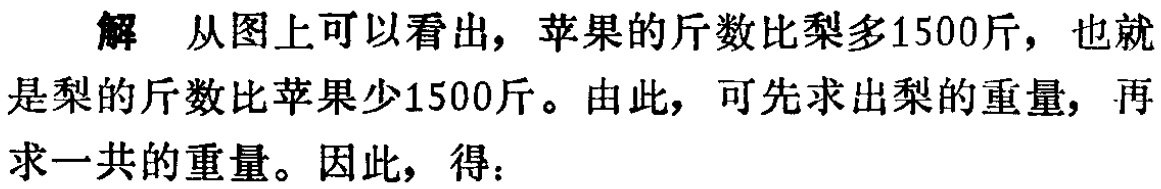
解 从图上可以看出，苹果的斤数比梨多1500斤，也就是梨的斤数比苹果少1500斤。由此，可先求出梨的重量，再求一共的重量。因此，得：